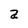
Character: a